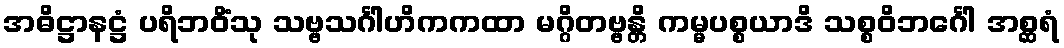
အဓိဋ္ဌာနဋ္ဌံ ပရိဘဝိံသု သဗ္ဗသင်္ဂါဟိကကထာ မဂ္ဂိတဗ္ဗန္တိ ကမ္မပစ္စယာဒိ သစ္စဝိဘင်္ဂေါ အစ္ဆရံ